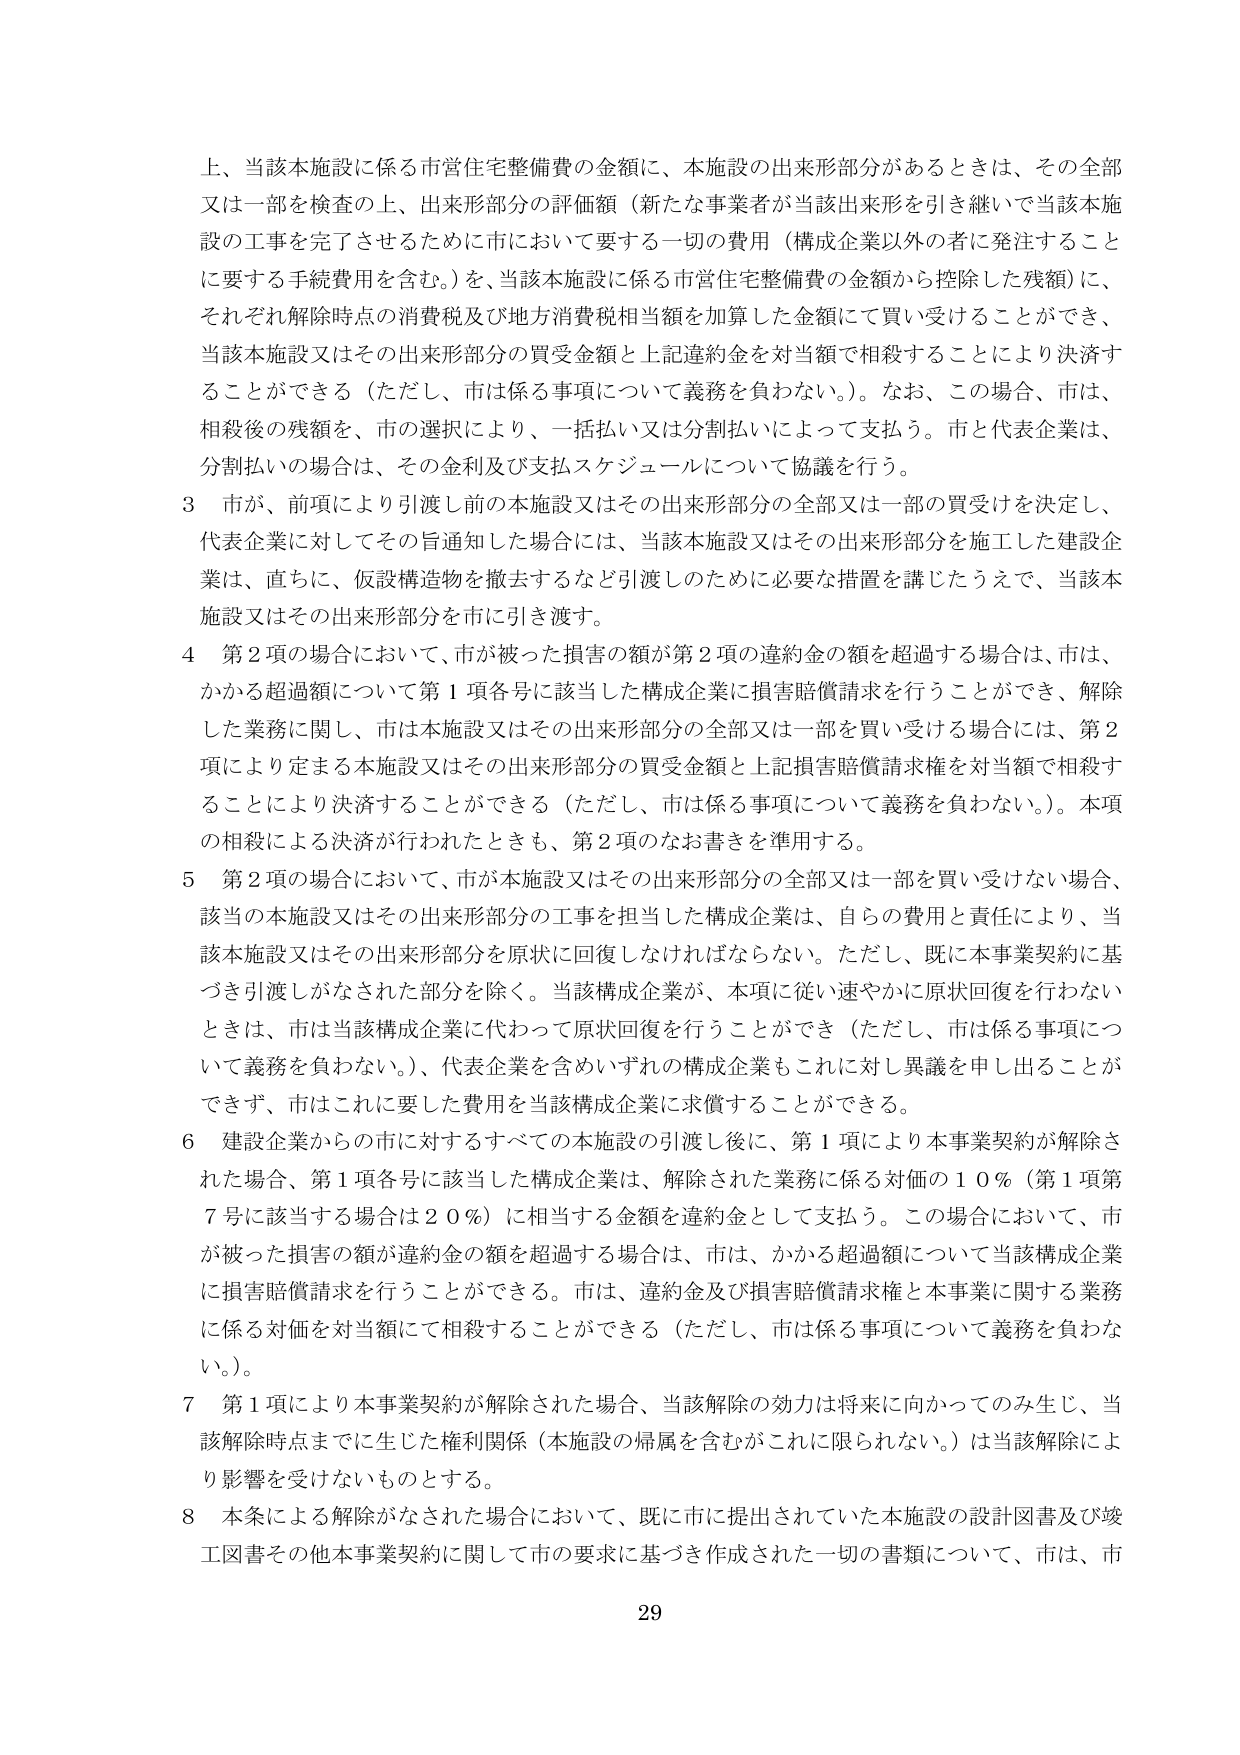
上、当該本施設に係る市営住宅整備費の金額に、本施設の出来形部分があるときは、その全部又は一部を検査の上、出来形部分の評価額（新たな事業者が当該出来形を引き継いで当該本施設の工事を完了させるために市において要する一切の費用（構成企業以外の者に発注することに要する手続費用を含む。）を、当該本施設に係る市営住宅整備費の金額から控除した残額）に、それぞれ解除時点の消費税及び地方消費税相当額を加算した金額にて買い受けることができ、当該本施設又はその出来形部分の買受金額と上記違約金を対当額で相殺することにより決済することができる（ただし、市は係る事項について義務を負わない。）。なお、この場合、市は、相殺後の残額を、市の選択により、一括払い又は分割払いによって支払う。市と代表企業は、分割払いの場合は、その金利及び支払スケジュールについて協議を行う。

3 市が、前項により引渡し前の本施設又はその出来形部分の全部又は一部の買受けを決定し、代表企業に対してその旨通知した場合には、当該本施設又はその出来形部分を施工した建設企業は、直ちに、仮設構造物を撤去するなど引渡しのために必要な措置を講じたうえで、当該本施設又はその出来形部分を市に引き渡す。

4 第2項の場合において、市が被った損害の額が第2項の違約金の額を超過する場合は、市は、かかる超過額について第1項各号に該当した構成企業に損害賠償請求を行うことができ、解除した業務に関し、市は本施設又はその出来形部分の全部又は一部を買い受ける場合には、第2項により定まる本施設又はその出来形部分の買受金額と上記損害賠償請求権を対当額で相殺することにより決済することができる（ただし、市は係る事項について義務を負わない。）。本項の相殺による決済が行われたときも、第2項のなお書きを準用する。

5 第2項の場合において、市が本施設又はその出来形部分の全部又は一部を買い受けない場合、該当の本施設又はその出来形部分の工事を担当した構成企業は、自らの費用と責任により、当該本施設又はその出来形部分を原状に回復しなければならない。ただし、既に本事業契約に基づき引渡しがなされた部分を除く。当該構成企業が、本項に従い速やかに原状回復を行わないときは、市は当該構成企業に代わって原状回復を行うことができる（ただし、市は係る事項について義務を負わない。）、代表企業を含めいずれの構成企業もこれに対し異議を申し出ることがでず、市はこれに要した費用を当該構成企業に求償することができる。

6 建設企業からの市に対するすべての本施設の引渡し後に、第1項により本事業契約が解除された場合、第1項各号に該当した構成企業は、解除された業務に係る対価の10％（第1項第7号に該当する場合は20％）に相当する金額を違約金として支払う。この場合において、市が被った損害の額が違約金の額を超過する場合は、市は、かかる超過額について当該構成企業に損害賠償請求を行うことができる。市は、違約金及び損害賠償請求権と本事業に関する業務に係る対価を対当額にて相殺することができる（ただし、市は係る事項について義務を負わない。）。

7 第1項により本事業契約が解除された場合、当該解除の効力は将来に向かってのみ生じ、当該解除時点までに生じた権利関係（本施設の帰属を含むがこれに限られない。）は当該解除により影響を受けないものとする。

8 本条による解除がなされた場合において、既に市に提出されていた本施設の設計図書及び竣工図書その他本事業契約に関して市の要求に基づき作成された一切の書類について、市は、市

29